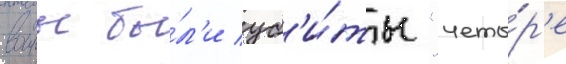
воины бы́л'и уб'и́ты "четы́р'е